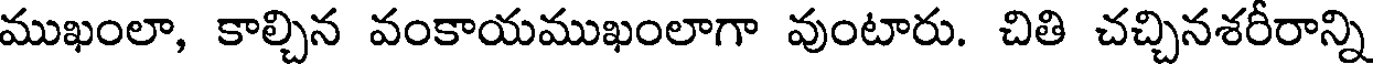
ముఖంలా, కాల్చిన వంకాయముఖంలాగా వుంటారు. చితి చచ్చినశరీరాన్ని